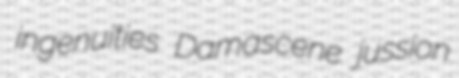
ingenuities Damascene jussion